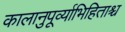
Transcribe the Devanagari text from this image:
कालानुपूर्व्याभिहिताश्च